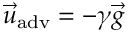
{ \vec { u } } _ { \mathrm { a d v } } = - \gamma \vec { g }